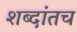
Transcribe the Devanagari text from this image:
शब्दांतच